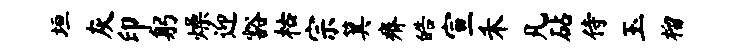
垣灰印躬燥迎豁枯宗箕瘠皓宣禾凡砧侍玉榴